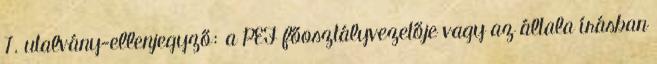
7. utalvány-ellenjegyző: a PEF főosztályvezetője vagy az általa írásban